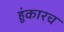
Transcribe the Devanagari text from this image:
हुंकारच